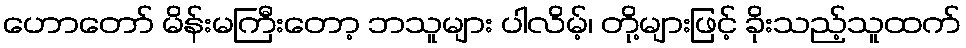
ဟောတော် မိန်းမကြီးတော့ ဘသူများ ပါလိမ့်၊ တို့များဖြင့် ခိုးသည့်သူထက်